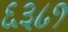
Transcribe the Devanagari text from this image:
६३८१